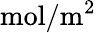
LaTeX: \mathrm{mol}/\mathrm{m}^{2}